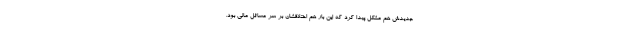
جدیدش هم مشکل پیدا کرد که این بار هم اختلافشان بر سر مسائل مالی بود.